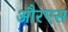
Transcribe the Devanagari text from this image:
औरएस